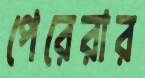
পেরেরার